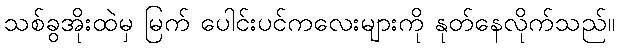
သစ်ခွအိုးထဲမှ မြက် ပေါင်းပင်ကလေးများကို နုတ်နေလိုက်သည်။